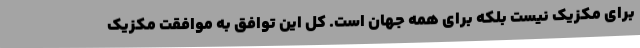
برای مکزیک نیست بلکه برای همه جهان است. کل این توافق به موافقت مکزیک